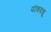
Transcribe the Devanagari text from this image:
पौत्रवधू